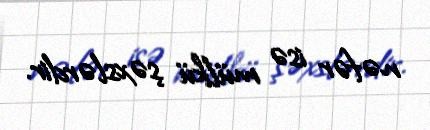
nəfər isə mülkü şəxslərdir.